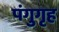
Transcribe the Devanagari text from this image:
पंगुगृह